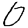
Digit: 0